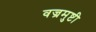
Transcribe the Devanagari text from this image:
वज्रमुष्टी